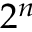
2 ^ { n }